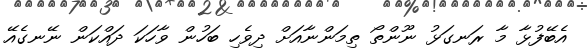
އެބޭފުޅާ މާ ރަނގަޅު ނޫންތޯ ތިމަންނާއަށް ދިވެހި ބަހުން ވާހަކަ ދައްކަން ނޭނގެއޭ